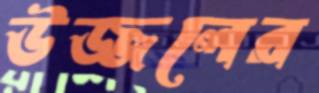
উজ্জলের